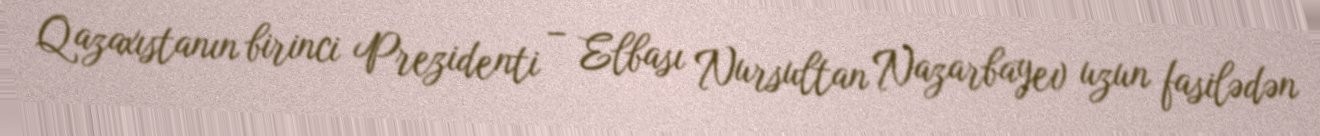
Qazaxıstanın birinci Prezidenti – Elbası Nursultan Nazarbayev uzun fasilədən